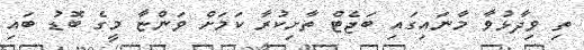
ތި ވިދާޅުވާ މާނައިގައި ބަޖެޓް ތާށިކުރާ ކަމަށް ވަންޏާ މީގެ ބޮޑު ބައި